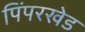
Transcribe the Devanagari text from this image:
पिंपरखेड